Vaccination in Burma 1900-1911 - 1900-1911
Year: 1900
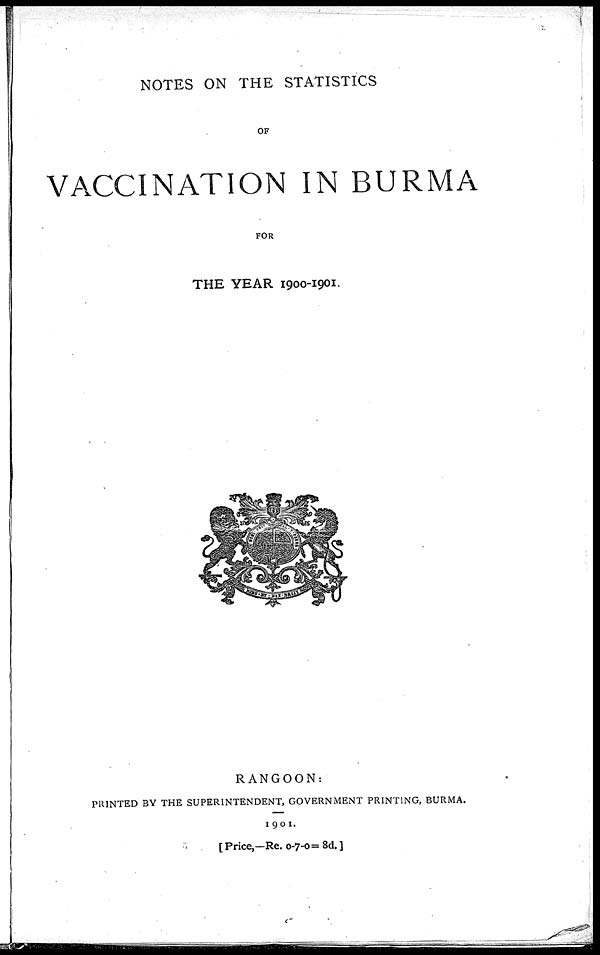
NOTES ON THE STATISTICS
OF
VACCINATION IN BURMA
FOR
THE YEAR 1900-1901.
RANGOON:
PRINTED BY THE SUPERINTENDENT, GOVERNMENT PRINTING, BURMA.
1901.
[ Price,—Re. 0-7-0 = 8d. ]